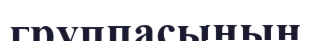
группасының